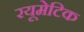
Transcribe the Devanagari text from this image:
रयूमेटिक